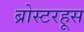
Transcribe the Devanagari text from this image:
ब्रोस्टरहूस